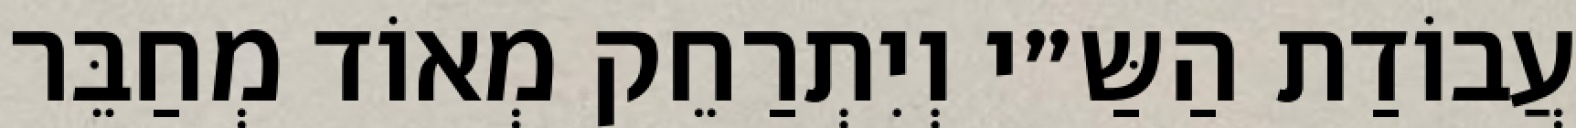
עֲבוֹדַת הַשַּ״י וְיִתְרַחֵק מְאוֹד מְחַבֵּר